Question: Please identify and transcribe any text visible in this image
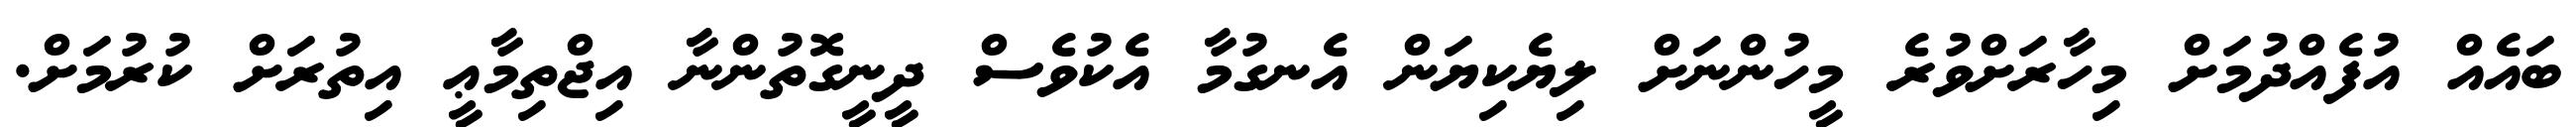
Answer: ބައެއް އުފެއްދުމަށް މިހާރަށްވުރެ މީހުންނަށް ލިޔެކިޔަން އެނގުމާ އެކުވެސް ދީނީގޮތުންނާ އިޖްތިމާޢީ އިތުރަށް ކުރުމަށް.